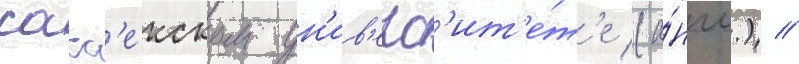
сасс'екском ун'ив'ерс'ит'е́т'е (а́нгл.) //